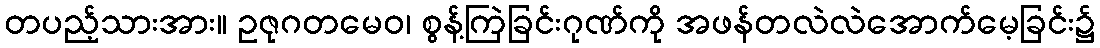
တပည့်သားအား။ ဥဇုဂတမေဝ၊ စွန့်ကြဲခြင်းဂုဏ်ကို အဖန်တလဲလဲအောက်မေ့ခြင်း၌